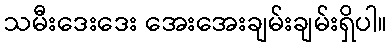
သမီးဒေးဒေး အေးအေးချမ်းချမ်းရှိပါ။